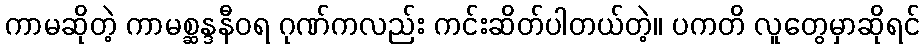
ကာမဆိုတဲ့ ကာမစ္ဆန္ဒနီဝရ ဂုဏ်ကလည်း ကင်းဆိတ်ပါတယ်တဲ့။ ပကတိ လူတွေမှာဆိုရင်